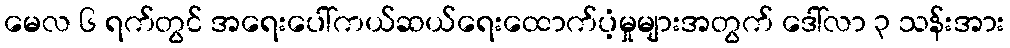
မေလ ၆ ရက်တွင် အရေးပေါ်ကယ်ဆယ်ရေးထောက်ပံ့မှုများအတွက် ဒေါ်လာ ၃ သန်းအား